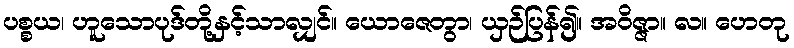
ပစ္စယ၊ ဟူသောပုဒ်တို့နှင့်သာလျှင်။ ယောဇေတွာ၊ ယှဉ်ပြန်၍။ အဝိဇ္ဇာ။ လ။ ဟေတု